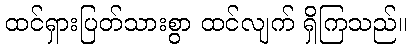
ထင်ရှားပြတ်သားစွာ ထင်လျက် ရှိကြသည်။